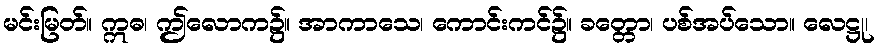
မင်းမြတ်။ ဣဓ၊ ဤလောက၌။ အာကာသေ၊ ကောင်းကင်၌။ ခတ္တော၊ ပစ်အပ်သော။ လေဋ္ဌု၊